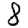
Digit: 8